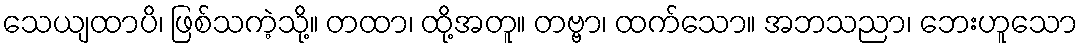
သေယျထာပိ၊ ဖြစ်သကဲ့သို့။ တထာ၊ ထို့အတူ။ တဗ္ဗာ၊ ထက်သော။ အဘသညာ၊ ဘေးဟူသော